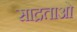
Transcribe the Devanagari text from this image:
साद्रताओं